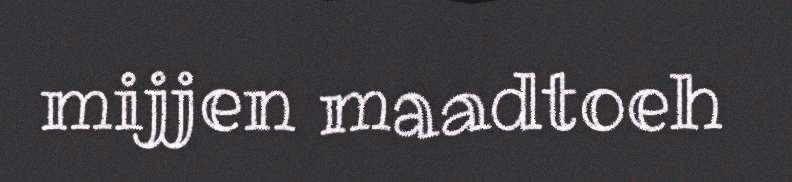
mijjen maadtoeh